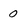
Character: 0